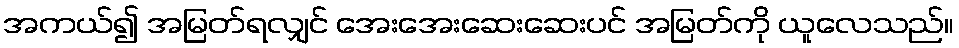
အကယ်၍ အမြတ်ရလျှင် အေးအေးဆေးဆေးပင် အမြတ်ကို ယူလေသည်။